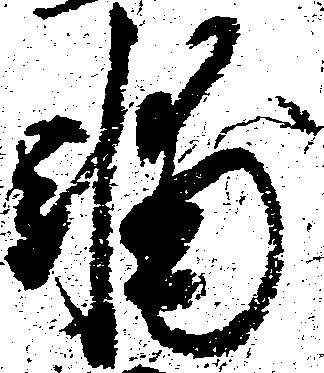
輔